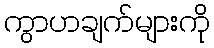
ကွာဟချက်များကို